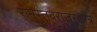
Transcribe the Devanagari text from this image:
रामस्तवराजस्तोत्र